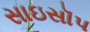
સાઇસૉપ